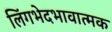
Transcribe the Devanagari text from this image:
लिंगभेदभावात्मक